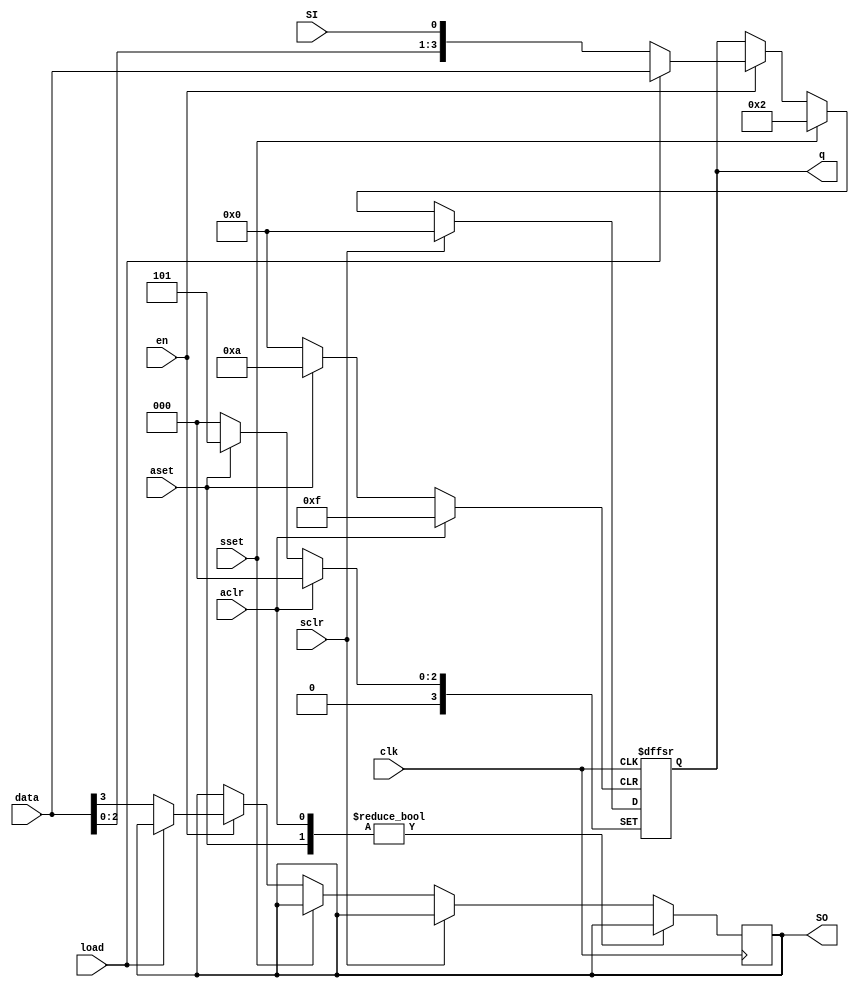
module Parameterized_Shift_register(sclr,sset,load,en,aclr,aset,clk,SI,SO,data,q);
	parameter load_Avalue=5;
	parameter load_Svalue=2;
	parameter shift_direction="left"; //defult shift left 
	parameter w=4;
	input sclr,sset,load,en,aclr,aset,clk,SI;
	input [w-1:0] data;
	output reg SO;
	output [w-1:0] q;
	reg [w-1:0] tmp;

	always @(posedge clk or posedge aclr or posedge aset) begin
		if(aclr) tmp<= 4'b0000;
		else if(aset) tmp<=load_Avalue ;
		else if(sclr) tmp<= 4'b0000;
		else if(sset) tmp<=load_Svalue;
		else if(en) begin
			if(load)begin
				tmp<=data;
			end
			else if(shift_direction=="left")begin
				tmp<={data[w-2:0],SI};
				SO<=data[w-1];
			end 
			else if(shift_direction=="right") begin
				tmp<={SI,data[w-1:1]};
				SO<=data[0];
			end	
		end
	end
	assign q=tmp;
endmodule